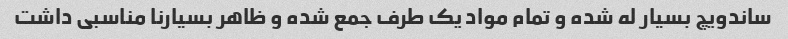
ساندویچ بسیار له شده و تمام مواد یک طرف جمع شده و ظاهر بسیار‌نا مناسبی داشت